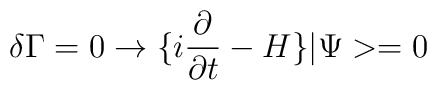
\delta\Gamma = 0 \rightarrow\{ i {\partial \over \partial t} - H \} |\Psi > = 0